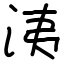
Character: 洟